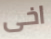
اخى